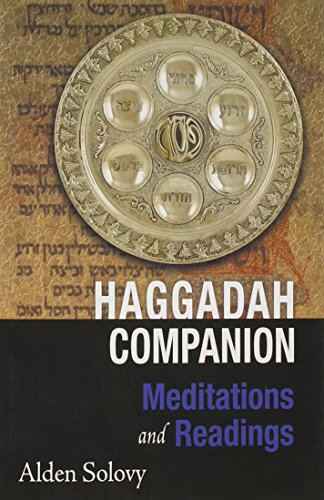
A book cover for Haggadah Companion: Meditations and Readings; Alden Solovy; Religion & Spirituality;